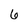
Character: 6